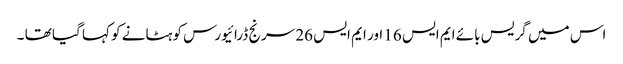
اس میں گریس بائے ایم ایس 16 اور ایم ایس 26 سرنج ڈرائیورس کو ہٹانے کو کہا گیا تھا ۔